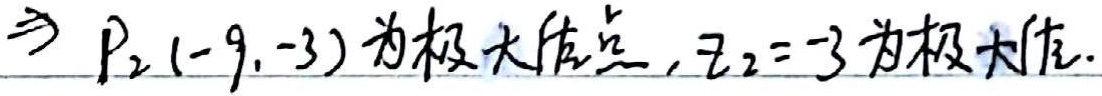
\(\Rightarrow P_2(-9,-3)\text{为极大值点，}z_2 = - 3\text{为极大值。}\)